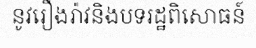
នូវរឿងរ៉ាវនិងបទរដ្ឋពិសោធន៍